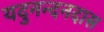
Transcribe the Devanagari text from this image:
यदुनन्दनदास